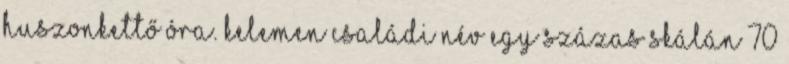
huszonkettő óra. Kelemen családi név egy százas skálán 70